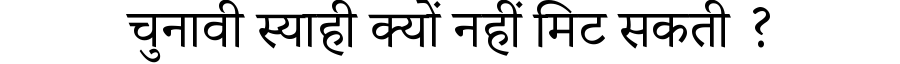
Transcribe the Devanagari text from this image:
चुनावी स्याही क्यों नहीं मिट सकती ?